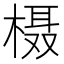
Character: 𪳍